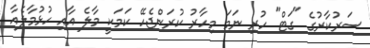
ސަރުކާރުގެ "ގަޓް" ހުރި ނަމަ މިހާރު ކުރަންޖެހޭ ކަމަކީ މާލެ އާއި ހުޅުމާލެއާ